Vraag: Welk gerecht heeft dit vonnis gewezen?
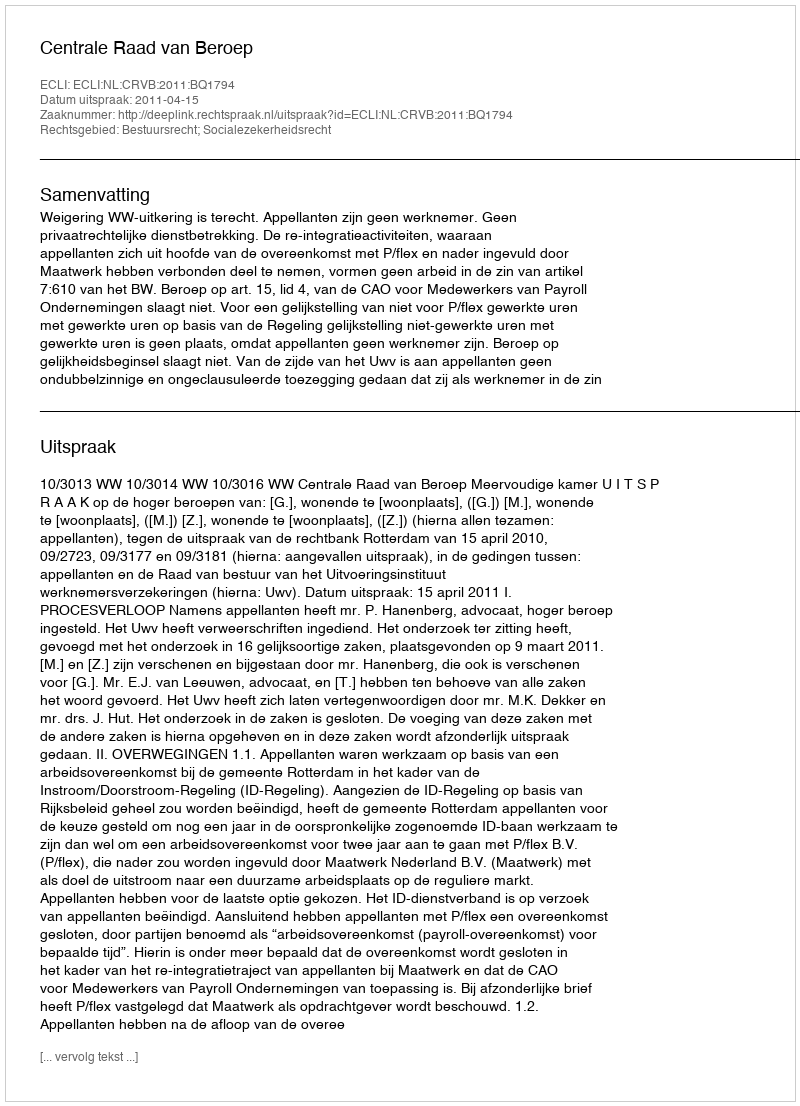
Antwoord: Centrale Raad van Beroep